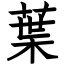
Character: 葉